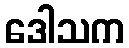
ဒေါသက